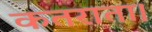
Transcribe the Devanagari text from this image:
कतराता।